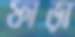
ফাড়া